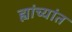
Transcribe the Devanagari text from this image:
ह्यांच्यांत